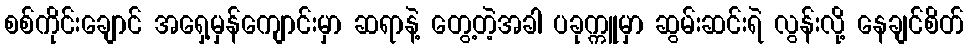
စစ်ကိုင်းချောင် အရှေ့မှန်ကျောင်းမှာ ဆရာနဲ့ တွေ့တဲ့အခါ ပခုက္ကူမှာ ဆွမ်းဆင်းရဲ လွန်းလို့ နေချင်စိတ်